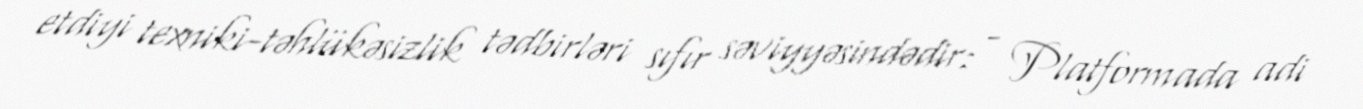
etdiyi texniki-təhlükəsizlik tədbirləri sıfır səviyyəsindədir: - Platformada adi